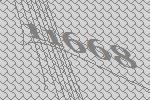
11668